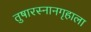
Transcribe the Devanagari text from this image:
तुषारस्नानगृहाला